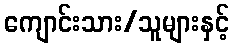
ကျောင်းသား/သူများနှင့်